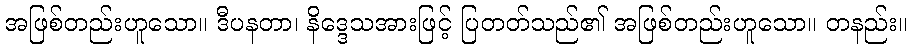
အဖြစ်တည်းဟူသော။ ဒီပနတာ၊ နိဒ္ဒေသအားဖြင့် ပြတတ်သည်၏ အဖြစ်တည်းဟူသော။ တနည်း။